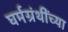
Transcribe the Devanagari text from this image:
घर्मग्रंथींच्या